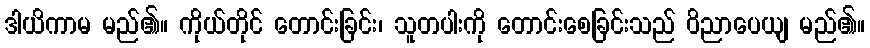
ဒါယိကာမ မည်၏။ ကိုယ်တိုင် တောင်းခြင်း၊ သူတပါးကို တောင်းစေခြင်းသည် ဝိညာပေယျ မည်၏။